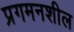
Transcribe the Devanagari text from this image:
प्रगमनशील